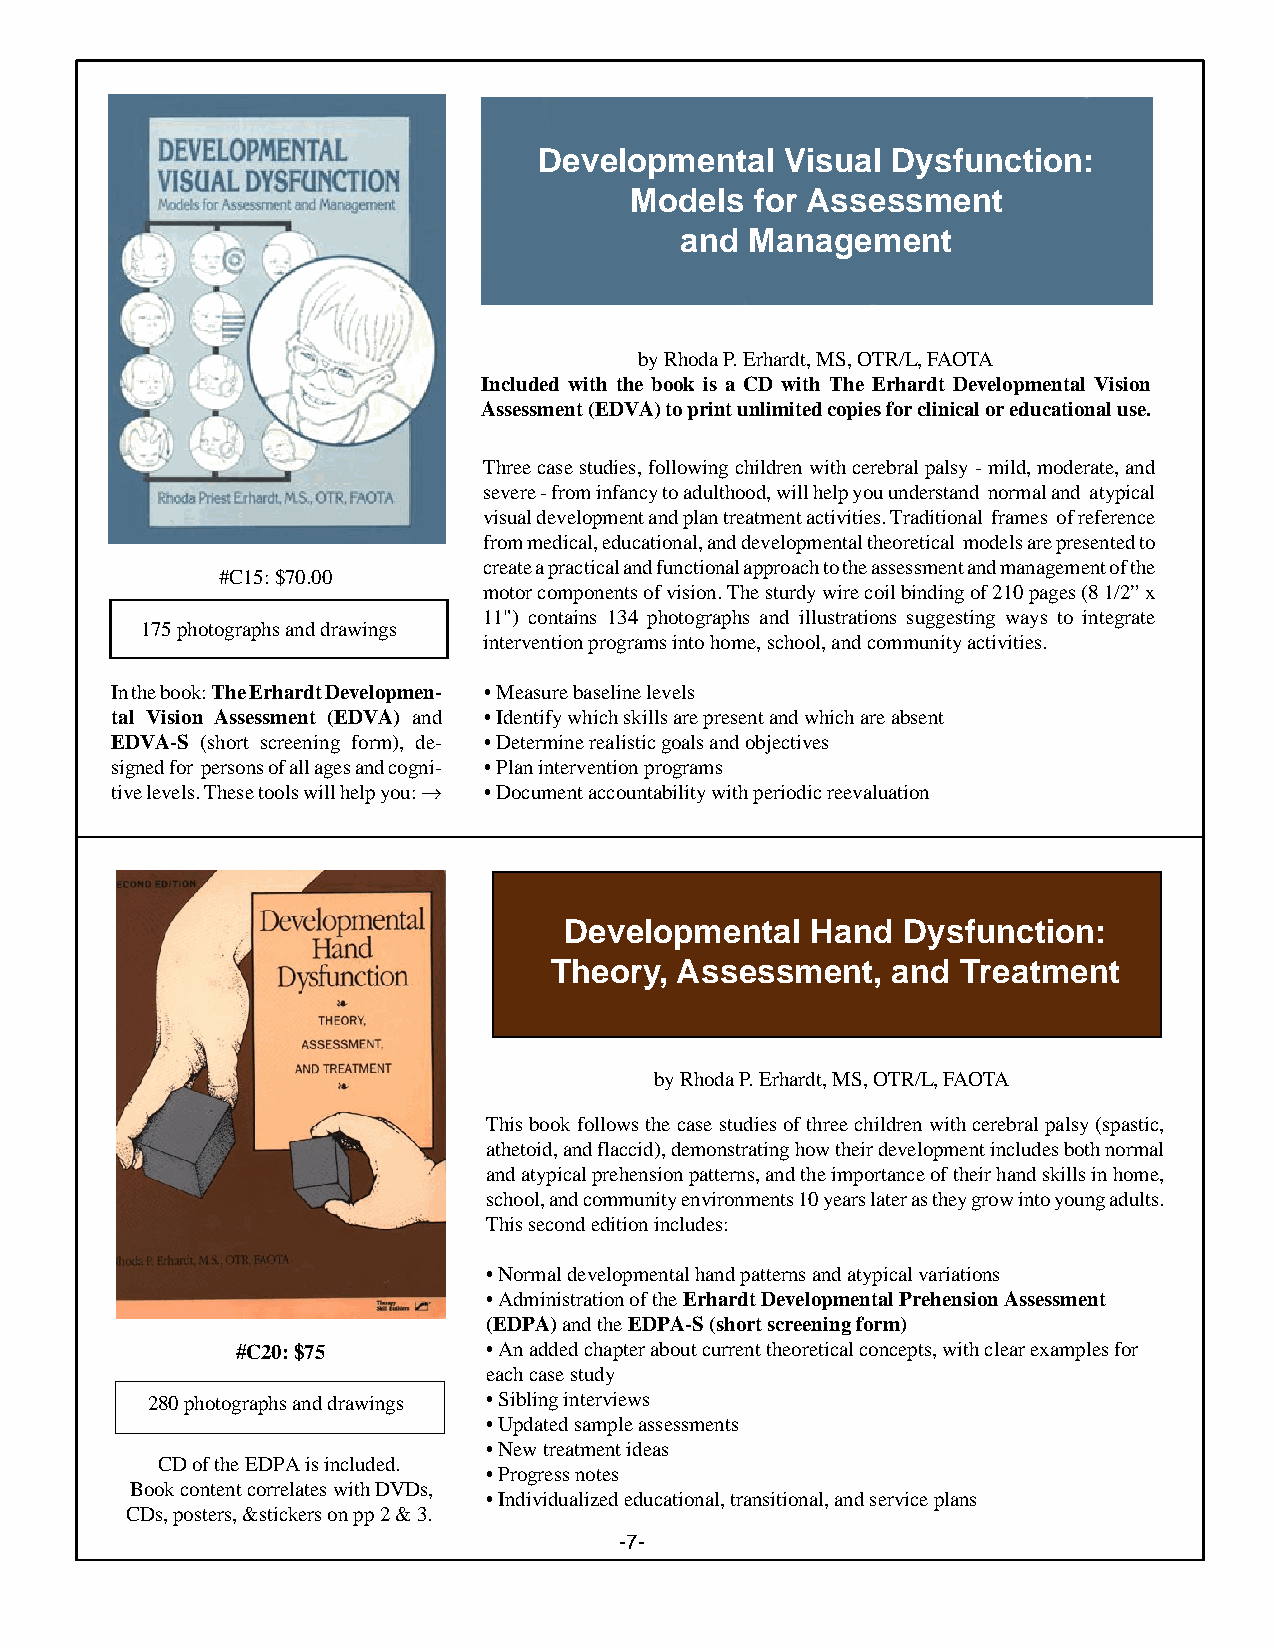
Developmental   Visual Dysfunction:
 Models  for Assessment
 and  Management
 by Rhoda P. Erhardt, MS, OTR/L, FAOTA
 Included with the book is a CD with The Erhardt Developmental Vision
 Assessment (EDVA) to print unlimited copies for clinical or educational use.
 Three case studies, following children with cerebral palsy - mild, moderate, and
 severe - from infancy to adulthood, will help you understand normal and atypical
 visual development and plan treatment activities. Traditional frames of reference
 from medical, educational, and developmental theoretical models are presented to
 create a practical and functional approach to the assessment and management of the
 #C15: $70.00
 motor components of vision. The sturdy wire coil binding of 210 pages (8 1/2” x
 11") contains 134 photographs and illustrations suggesting ways to integrate
 175 photographs and drawings
 intervention programs into home, school, and community activities.
 In the book: The Erhardt Developmen- • Measure baseline levels
 tal Vision Assessment (EDVA) and • Identify which skills are present and which are absent
 EDVA-S (short screening form), de- • Determine realistic goals and objectives
 signed for persons of all ages and cogni- • Plan intervention programs
 tive levels. These tools will help you: fi • Document accountability with periodic reevaluation
 Developmental    Hand  Dysfunction:
 Theory,  Assessment,   and  Treatment
 by Rhoda P. Erhardt, MS, OTR/L, FAOTA
 This book follows the case studies of three children with cerebral palsy (spastic,
 athetoid, and flaccid), demonstrating how their development includes both normal
 and atypical prehension patterns, and the importance of their hand skills in home,
 school, and community environments 10 years later as they grow into young adults.
 This second edition includes:
 • Normal developmental hand patterns and atypical variations
 • Administration of the Erhardt Developmental Prehension Assessment
 (EDPA) and the EDPA-S (short screening form)
 #C20: $75       • An added chapter about current theoretical concepts, with clear examples for
 each case study
 280 photographs and drawings • Sibling interviews
 • Updated sample assessments
 • New treatment ideas
 CD of the EDPA is included.
 • Progress notes
 Book content correlates with DVDs,
 • Individualized educational, transitional, and service plans
 CDs, posters, &stickers on pp 2 & 3.
 -7-